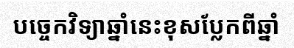
បច្ចេកវិទ្យាឆ្នាំនេះខុសប្លែកពីឆ្នាំ